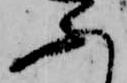
ふ